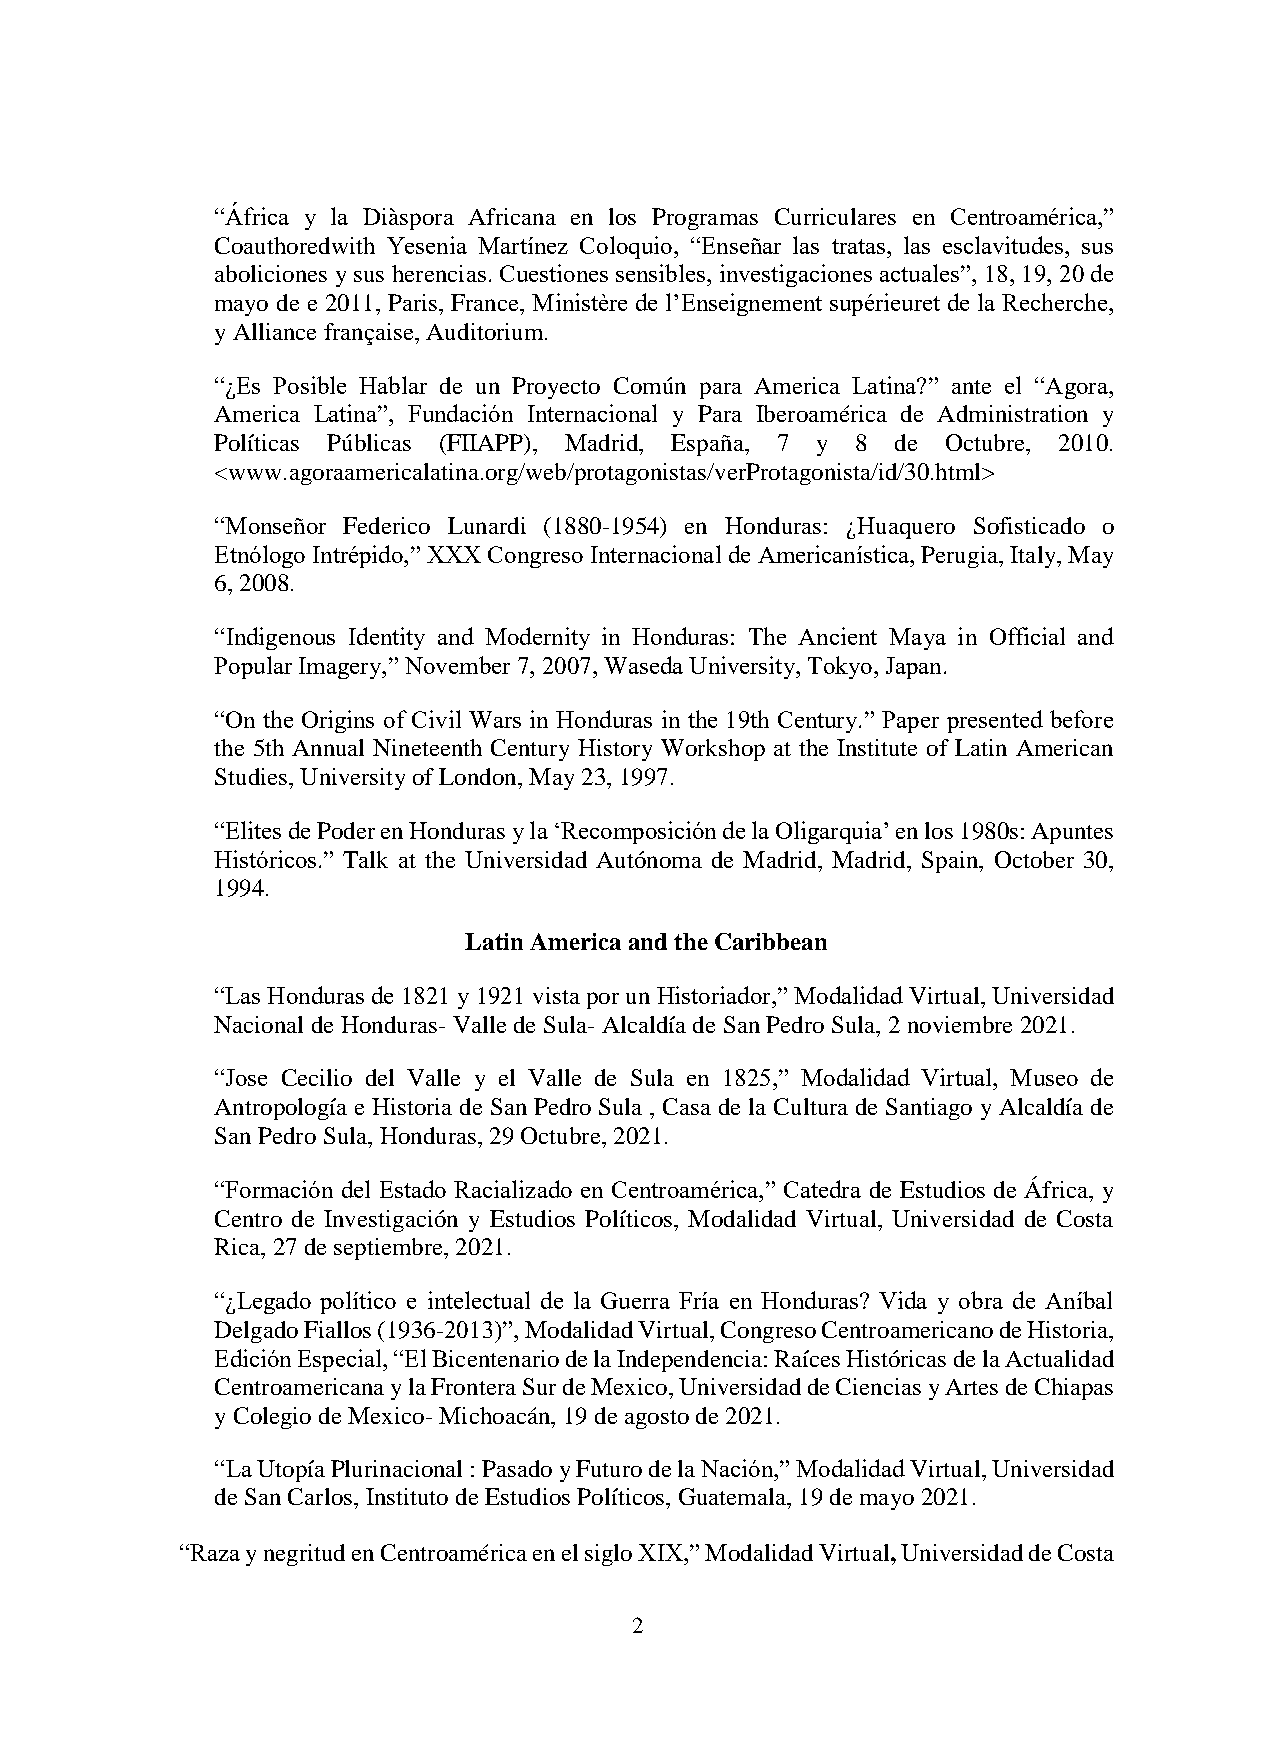
“África y la Diàspora Africana en los Programas Curriculares en Centroamérica,”
 Coauthoredwith Yesenia Martínez Coloquio, “Enseñar las tratas, las esclavitudes, sus
 aboliciones y sus herencias. Cuestiones sensibles, investigaciones actuales”, 18, 19, 20 de
 mayo de e 2011, Paris, France, Ministère de l’Enseignement supérieuret de la Recherche,
 y Alliance française, Auditorium.
 “¿Es Posible Hablar de un Proyecto Común para America Latina?” ante el “Agora,
 America Latina”, Fundación Internacional y Para Iberoamérica de Administration y
 Políticas Públicas (FIIAPP), Madrid, España, 7 y 8 de Octubre, 2010.
 <www.agoraamericalatina.org/web/protagonistas/verProtagonista/id/30.html>
 “Monseñor Federico Lunardi (1880-1954) en Honduras: ¿Huaquero Sofisticado o
 Etnólogo Intrépido,” XXX Congreso Internacional de Americanística, Perugia, Italy, May
 6, 2008.
 “Indigenous Identity and Modernity in Honduras: The Ancient Maya in Official and
 Popular Imagery,” November 7, 2007, Waseda University, Tokyo, Japan.
 “On the Origins of Civil Wars in Honduras in the 19th Century.” Paper presented before
 the 5th Annual Nineteenth Century History Workshop at the Institute of Latin American
 Studies, University of London, May 23, 1997.
 “Elites de Poder en Honduras y la ‘Recomposición de la Oligarquia’ en los 1980s: Apuntes
 Históricos.” Talk at the Universidad Autónoma de Madrid, Madrid, Spain, October 30,
 1994.
 Latin America and the Caribbean
 “Las Honduras de 1821 y 1921 vista por un Historiador,” Modalidad Virtual, Universidad
 Nacional de Honduras- Valle de Sula- Alcaldía de San Pedro Sula, 2 noviembre 2021.
 “Jose Cecilio del Valle y el Valle de Sula en 1825,” Modalidad Virtual, Museo de
 Antropología e Historia de San Pedro Sula , Casa de la Cultura de Santiago y Alcaldía de
 San Pedro Sula, Honduras, 29 Octubre, 2021.
 “Formación del Estado Racializado en Centroamérica,” Catedra de Estudios de África, y
 Centro de Investigación y Estudios Políticos, Modalidad Virtual, Universidad de Costa
 Rica, 27 de septiembre, 2021.
 “¿Legado político e intelectual de la Guerra Fría en Honduras? Vida y obra de Aníbal
 Delgado Fiallos (1936-2013)”, Modalidad Virtual, Congreso Centroamericano de Historia,
 Edición Especial, “El Bicentenario de la Independencia: Raíces Históricas de la Actualidad
 Centroamericana y la Frontera Sur de Mexico, Universidad de Ciencias y Artes de Chiapas
 y Colegio de Mexico- Michoacán, 19 de agosto de 2021.
 “La Utopía Plurinacional : Pasado y Futuro de la Nación,” Modalidad Virtual, Universidad
 de San Carlos, Instituto de Estudios Políticos, Guatemala, 19 de mayo 2021.
 “Raza y negritud en Centroamérica en el siglo XIX,” Modalidad Virtual, Universidad de Costa
 2